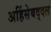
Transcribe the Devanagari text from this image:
अहिंसेबद्दल